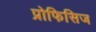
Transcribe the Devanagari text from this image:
प्रोफिसिज